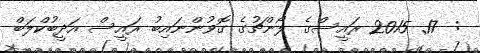
:  17